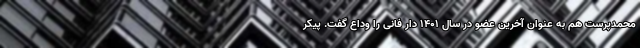
محمدپرست هم به عنوان آخرین عضو در سال ۱۴۰۱ دار فانی را وداع گفت. پیکر